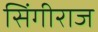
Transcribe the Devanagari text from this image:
सिंगीराज